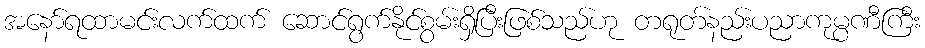
အနော်ရထာမင်းလက်ထက် ဆောင်ရွက်နိုင်စွမ်းရှိပြီးဖြစ်သည်ဟု တရုတ်နည်းပညာကုမ္ပဏီကြီး